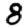
Digit: 8